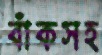
বাঁকসহ